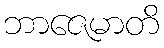
ဘာဇေမာတိ